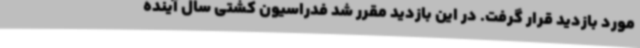
مورد بازدید قرار گرفت. در این بازدید مقرر شد فدراسیون کشتی سال آینده